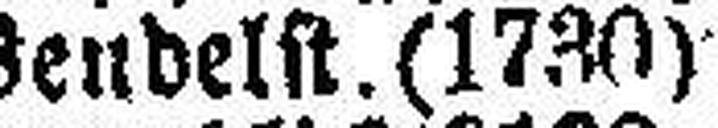
* Wendelst. (1730)